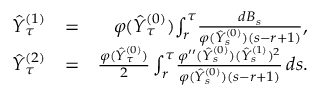
\begin{array} { r l r } { \hat { Y } _ { \tau } ^ { ( 1 ) } } & { = } & { \varphi ( \hat { Y } _ { \tau } ^ { ( 0 ) } ) \! \int _ { r } ^ { \tau } \! \frac { d B _ { s } } { \varphi ( \hat { Y } _ { s } ^ { ( 0 ) } ) ( s - r + 1 ) } , } \\ { \hat { Y } _ { \tau } ^ { ( 2 ) } } & { = } & { \frac { \varphi ( \hat { Y } _ { \tau } ^ { ( 0 ) } ) } { 2 } \int _ { r } ^ { \tau } \! \frac { \varphi ^ { \prime \prime } ( \hat { Y } _ { s } ^ { ( 0 ) } ) ( \hat { Y } _ { s } ^ { ( 1 ) } ) ^ { 2 } } { \varphi ( \hat { Y } _ { s } ^ { ( 0 ) } ) ( s - r + 1 ) } \, d s . } \end{array}